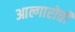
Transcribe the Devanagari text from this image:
आल्गारोत्ती